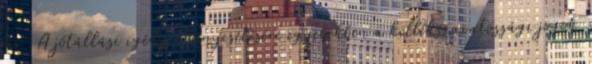
jár. A jótállási igény érvényesítésére egyebekben a kellékszavatossági jogok